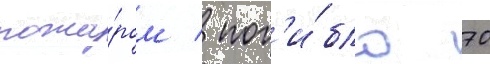
пожа́ром / пог'и́бло 70